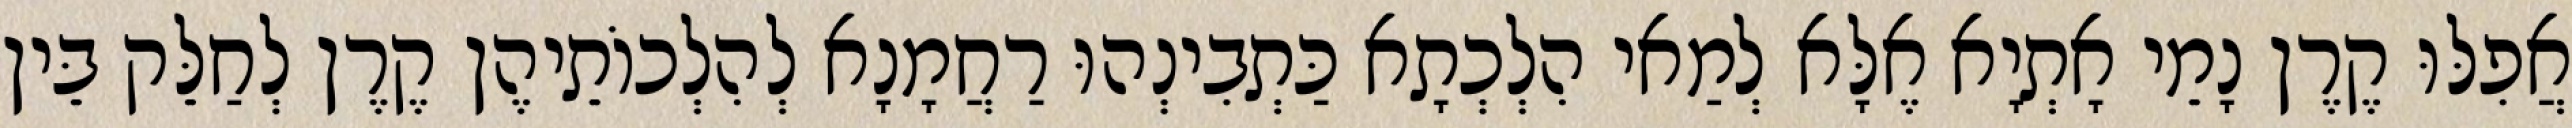
אֲפִלּוּ קֶרֶן נָמֵי אָתְיָא אֶלָּא לְמַאי הִלְכְתָא כַּתְבִינְהוּ רַחֲמָנָא לְהִלְכוֹתֵיהֶן קֶרֶן לְחַלֵּק בֵּין